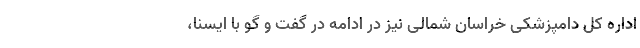
اداره کل دامپزشکی خراسان شمالی نیز در ادامه در گفت و گو با ایسنا،